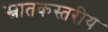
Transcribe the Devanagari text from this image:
स्नातकस्तरीय